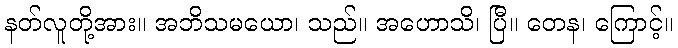
နတ်လူတို့အား။ အဘိသမယော၊ သည်။ အဟောသိ၊ ပြီ။ တေန၊ ကြောင့်။